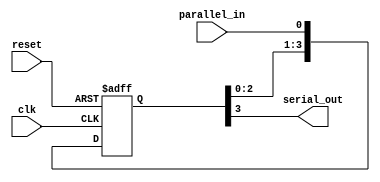

`timescale 1ns / 1ps

module PISO_shift_register (
    input wire clk, reset, parallel_in,
    output wire serial_out );

reg [3:0] shift_reg;

always @(posedge clk or posedge reset) begin
    if (reset) begin
        shift_reg <= 4'b0000; 
    end else begin
        shift_reg[0] <= parallel_in;
        shift_reg[1] <= shift_reg[0];
        shift_reg[2] <= shift_reg[1];
        shift_reg[3] <= shift_reg[2];
    end
end

assign serial_out = shift_reg[3];

endmodule